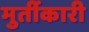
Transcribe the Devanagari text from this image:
मुर्तीकारी